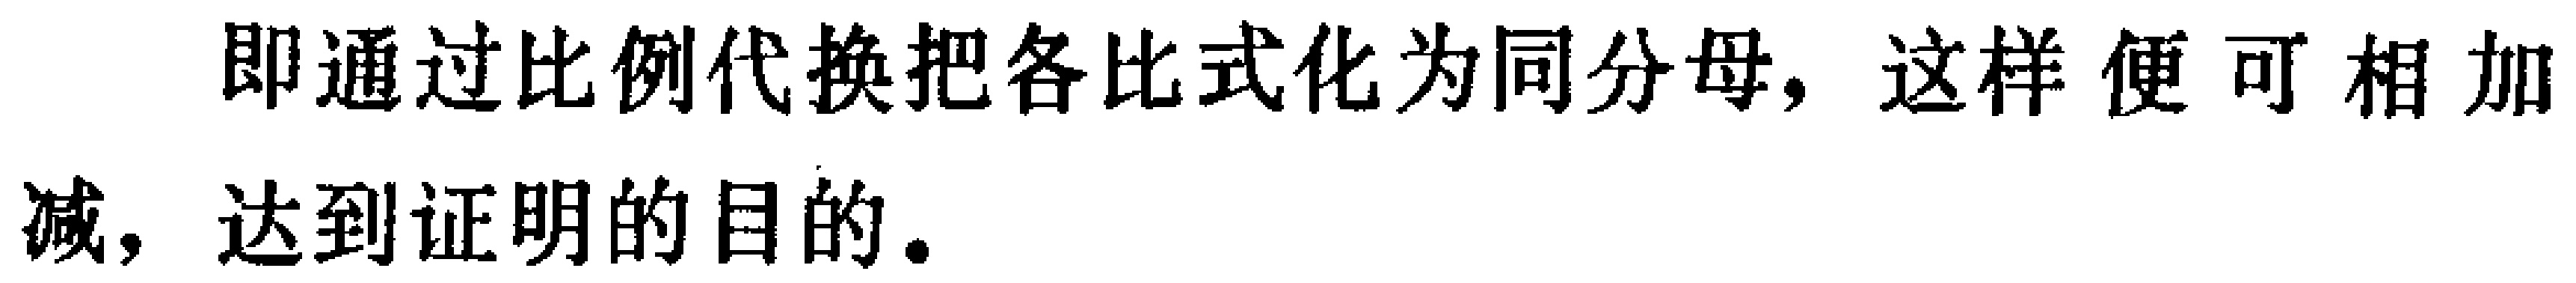
即通过比例代换把各比式化为同分母，这样便可相加减，达到证明的目的。